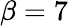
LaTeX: \beta=7